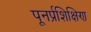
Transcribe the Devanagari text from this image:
पूनर्प्रशिक्षिण